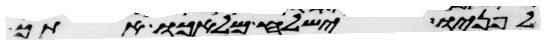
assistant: לפניו ישלח מלאכו אתך